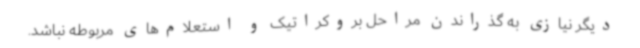
دیگر نیازی به گذراندن مراحل بروکراتیک و استعلام‌های مربوطه نباشد.